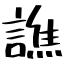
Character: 譙